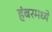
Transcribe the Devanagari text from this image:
हंबरमध्ये